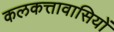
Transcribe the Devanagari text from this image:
कलकत्तावासियों